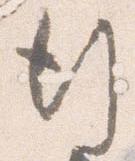
行